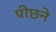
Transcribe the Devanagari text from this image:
पीछने